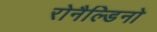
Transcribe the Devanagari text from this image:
रोनैल्डिनो